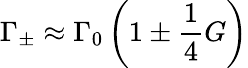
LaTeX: \Gamma_{\pm}\approx\Gamma_{0}\left(1\pm\frac{1}{4}G\right)